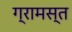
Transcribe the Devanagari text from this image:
ग्रामस्त